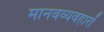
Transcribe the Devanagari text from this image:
मानवव्यवहारों